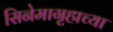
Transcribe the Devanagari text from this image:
सिनेमागृहाच्या